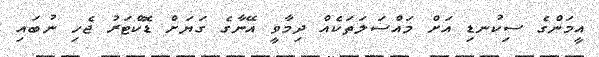
އީމަންގެ ސިކުނޑި އަށް މައްސަލަތަކެއް ދިމާވީ އޭނާގެ ގަޔަށް ޑޮކްޓަރު ޖެހި ނުބައި